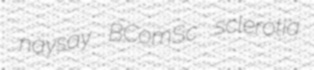
naysay BComSc sclerotia